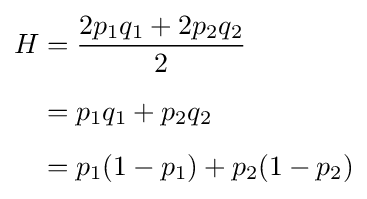
{\begin{aligned}H&={2p_{1}q_{1}+2p_{2}q_{2} \over 2}\\[5pt]&={p_{1}q_{1}+p_{2}q_{2}}\\[5pt]&={p_{1}(1-p_{1})+p_{2}(1-p_{2})}\end{aligned}}